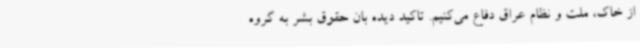
از خاک، ملت و نظام عراق دفاع می‌کنیم. تاکید دیده بان حقوق بشر به گروه